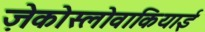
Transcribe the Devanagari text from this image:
ज़ेकोस्लोवाकियाई